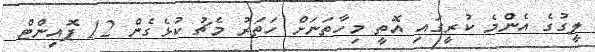
ލީގުގެ އެންމެ ކުރީގައި އޮތީ މިހާތަނަށް ހަތަރު މެޗު ކުޅެގެން 12 ޕޮއިންޓް